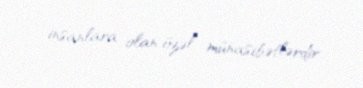
insanlara olan özəl münasibətlərdir.